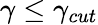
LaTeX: \gamma\le\gamma_{cut}